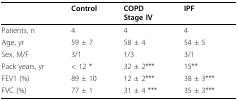
<table><thead><tr><td></td><td><b>Control</b></td><td><b>COPDStage IV</b></td><td><b>IPF</b></td></tr></thead><tbody><tr><td>Patients, n</td><td>4</td><td>4</td><td>4</td></tr><tr><td>Age, yr</td><td>59 ± 7</td><td>58 ± 4</td><td>54 ± 5</td></tr><tr><td>Sex, M/F</td><td>3/1</td><td>1/3</td><td>3/1</td></tr><tr><td>Pack years, yr</td><td>&lt; 12 *</td><td>32 ± 2***</td><td>15**</td></tr><tr><td>FEV1 (%)</td><td>89 ± 10</td><td>12 ± 2***</td><td>38 ± 3***</td></tr><tr><td>FVC (%)</td><td>77 ± 1</td><td>31 ± 4 ***</td><td>35 ± 3***</td></tr></tbody></table>